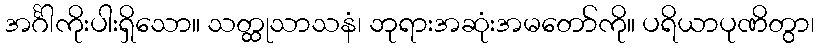
အင်္ဂါကိုးပါးရှိသော။ သတ္ထုသာသနံ၊ ဘုရားအဆုံးအမတော်ကို။ ပရိယာပုဏိတွာ၊